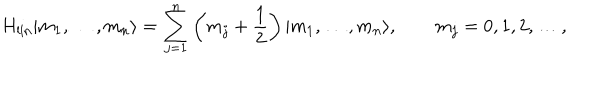
H _ { \mathrm { l i n } } | m _ { 1 } , \ldots , m _ { n } \rangle = \sum _ { j = 1 } ^ { n } \left( m _ { j } + { \frac { 1 } { 2 } } \right) | m _ { 1 } , \ldots , m _ { n } \rangle , \qquad m _ { j } = 0 , 1 , 2 , \ldots ,